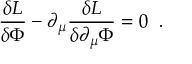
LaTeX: { \frac { \delta { \cal L } } { \delta \Phi } } - \partial _ { \mu } { \frac { \delta { \cal L } } { \delta \partial _ { \mu } \Phi } } = 0 \; \; .